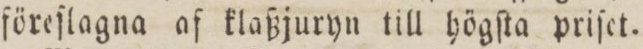
föreſlagna af klaßjuryn till högſta priſet.